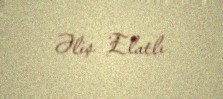
Əliş Elatlı